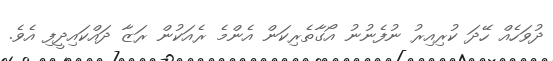
ދުވަހެއް ހޭދަ ކުރިއިރު ނުފެނުނު އޯގާތެރިކަން އެންމެ ރެއަކުން ރަޒާ ދައްކައިދީފި އެވެ.